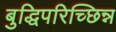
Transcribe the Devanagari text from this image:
बुद्धिपरिच्छिन्न